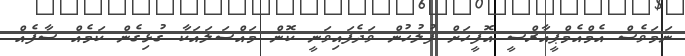
ނަމަވެސް އެމްއެމްޕީއާރްސީ އޮފީހަށް ފުލުހުން ވަދެފައިވަނީ ކޮން މައްސަލައަކާ ގުޅިގެން ކަމެއް ސާފެއް